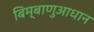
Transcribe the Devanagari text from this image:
बिम्बाणुआधान